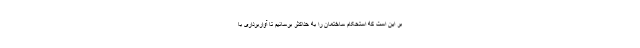
بر این است که استحکام ساختمان را به حداکثر برسانیم تا آواربرداری با